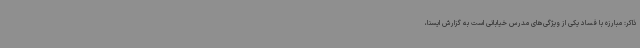
ذاکر: مبارزه با فساد یکی از ویژگی‌های مدرس خیابانی است به گزارش ایسنا،